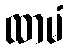
ထာမံ